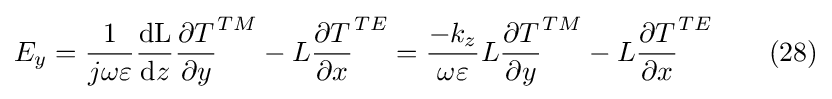
E_{y}={\frac {1}{j\omega \varepsilon }}{\frac {\mathrm {dL} }{\mathrm {d} z}}{\frac {\partial T}{\partial y}}^{TM}-L{\frac {\partial T}{\partial x}}^{TE}={\frac {-k_{z}}{\omega \varepsilon }}L{\frac {\partial T}{\partial y}}^{TM}-L{\frac {\partial T}{\partial x}}^{TE}\ \ \ \ \ \ (28)